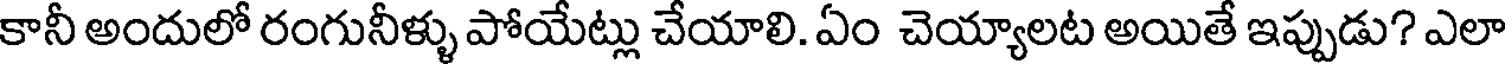
కానీ అందులో రంగునీళ్ళు పోయేట్లు చేయాలి. ఏం చెయ్యాలట అయితే ఇప్పుడు? ఎలా